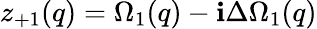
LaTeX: z_{+1}(q)=\Omega_{1}(q)-\mathbf{i}\Delta\Omega_{1}(q)